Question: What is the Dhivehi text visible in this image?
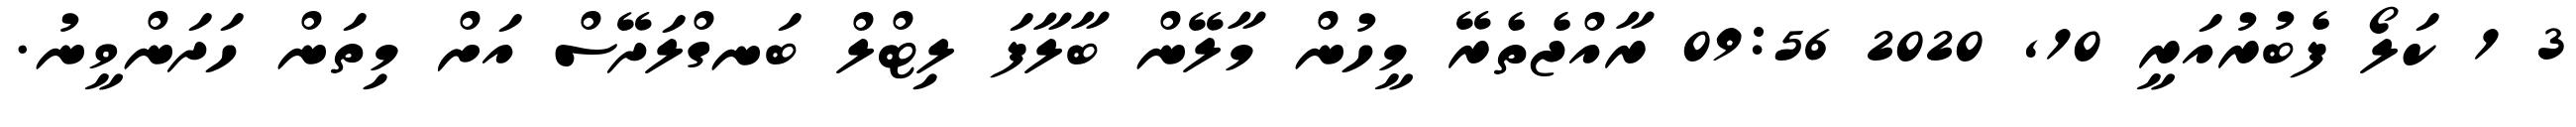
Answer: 3 1 ކަލޯ ފެބުރުއަރީ 10, 2020 09:56 ރާއްޖެތެރޭ މީހުން މާލޭން ބާލާފަ ލިޓްލް ބަނގްލަދޭސް އަށް މިތަން ހަދަންވީނު.